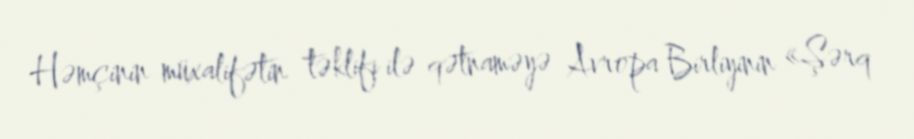
Həmçinin müxalifətin təklifi ilə qətnaməyə Avropa Birliyinin «Şərq